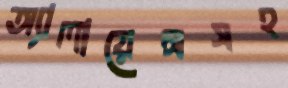
অ্যালায়েন্সসহ